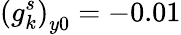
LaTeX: \left(g_{k}^{s}\right)_{y0}=-0.01